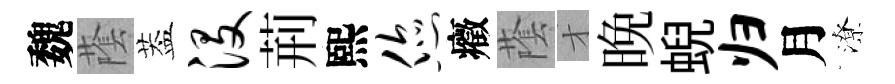
魏䕃葢没荊熙您癥䕃才晩蜺归月潦